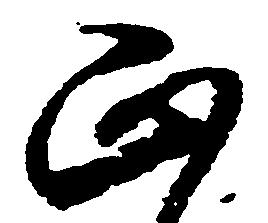
正